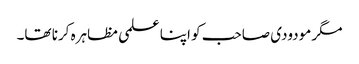
مگر مودودی صاحب کو اپنا علمی مظاہرہ کرنا تھا۔